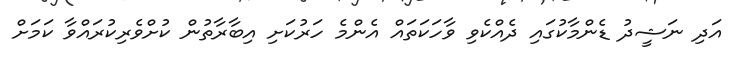
އަދި ނަޝީދު ޑެންމާކުގައި ދެއްކެވި ވާހަކަތައް އެންމެ ހަރުކަށި އިބާރާތުން ކުށްވެރިކުރައްވާ ކަމަށް